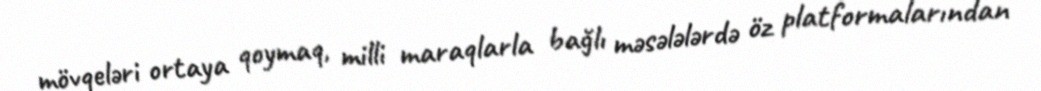
mövqeləri ortaya qoymaq, milli maraqlarla bağlı məsələlərdə öz platformalarından